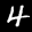
Label: 4